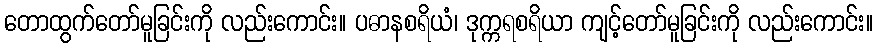
တောထွက်တော်မူခြင်းကို လည်းကောင်း။ ပဓာနစရိယံ၊ ဒုက္ကရစရိယာ ကျင့်တော်မူခြင်းကို လည်းကောင်း။